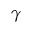
\gamma